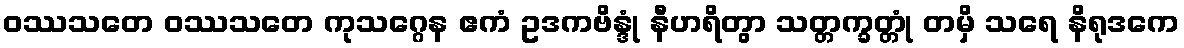
ဝဿသတေ ဝဿသတေ ကုသဂ္ဂေန ဧကံ ဥဒကဗိန္ဒုံ နီဟရိတွာ သတ္တက္ခတ္တုံ တမှိ သရေ နိရုဒကေ